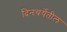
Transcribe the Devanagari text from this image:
दिनचर्येतील